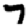
Digit: 7